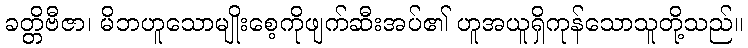
ခတ္တိဗီဇာ၊ မိဘဟူသောမျိုးစေ့ကိုဖျက်ဆီးအပ်၏ ဟူအယူရှိကုန်သောသူတို့သည်။